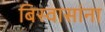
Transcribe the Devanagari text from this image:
बिस्वासांना